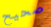
صحيح